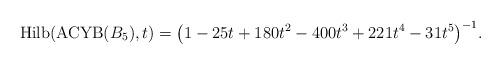
LaTeX: \begin{gather*}{\rm Hilb}({\rm ACYB}(B_5),t)=\big(1-25t+180t^2-400t^3+221t^4-31t^5\big)^{-1}.\end{gather*}